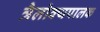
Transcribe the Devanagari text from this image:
त्रैलोक्यपालक